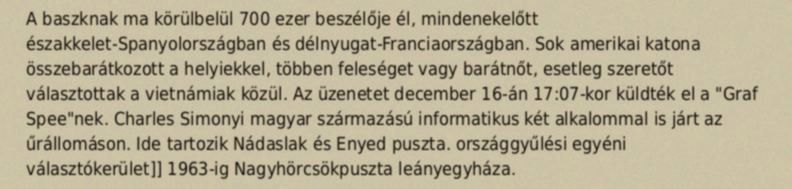
A baszknak ma körülbelül 700 ezer beszélője él, mindenekelőtt északkelet-Spanyolországban és délnyugat-Franciaországban. Sok amerikai katona összebarátkozott a helyiekkel, többen feleséget vagy barátnőt, esetleg szeretőt választottak a vietnámiak közül. Az üzenetet december 16-án 17:07-kor küldték el a "Graf Spee"nek. Charles Simonyi magyar származású informatikus két alkalommal is járt az űrállomáson. Ide tartozik Nádaslak és Enyed puszta. országgyűlési egyéni választókerület]] 1963-ig Nagyhörcsökpuszta leányegyháza.